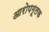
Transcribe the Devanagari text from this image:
आरोपमूलक